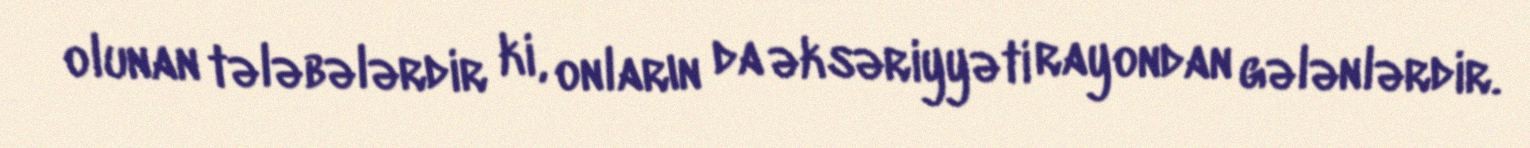
olunan tələbələrdir ki, onların da əksəriyyəti rayondan gələnlərdir.